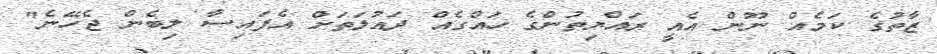
ޒާތުގެ ކަމެއް ނޫން އެއީ ރައްޔިތުންގެ ހައްގެއް ދައުލަތަށް އެފައިސާ ލިބެން ޖެހޭނެ"